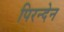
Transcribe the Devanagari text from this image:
पिरन्देन